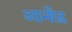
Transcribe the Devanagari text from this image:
आनौड़